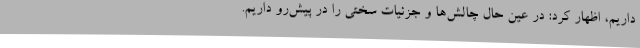
داریم، اظهار کرد: در عین حال چالش‌ها و جزئیات سختی را در پیش‌رو داریم.